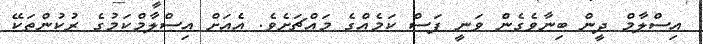
އިސްލާމް ދީން ބިނާވެގެން ވަނީ ފަސް ކަމެއްގެ މައްޗަށެވެ. އެއަށް އިސްލާމްކަމުގެ ރުކުންތަކޭ